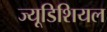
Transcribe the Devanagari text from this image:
ज्यूडिशियल